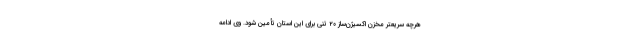
هرچه سریعتر مخزن اکسیژن‌ساز ۲۰ تنی برای این استان تأمین شود. وی ادامه